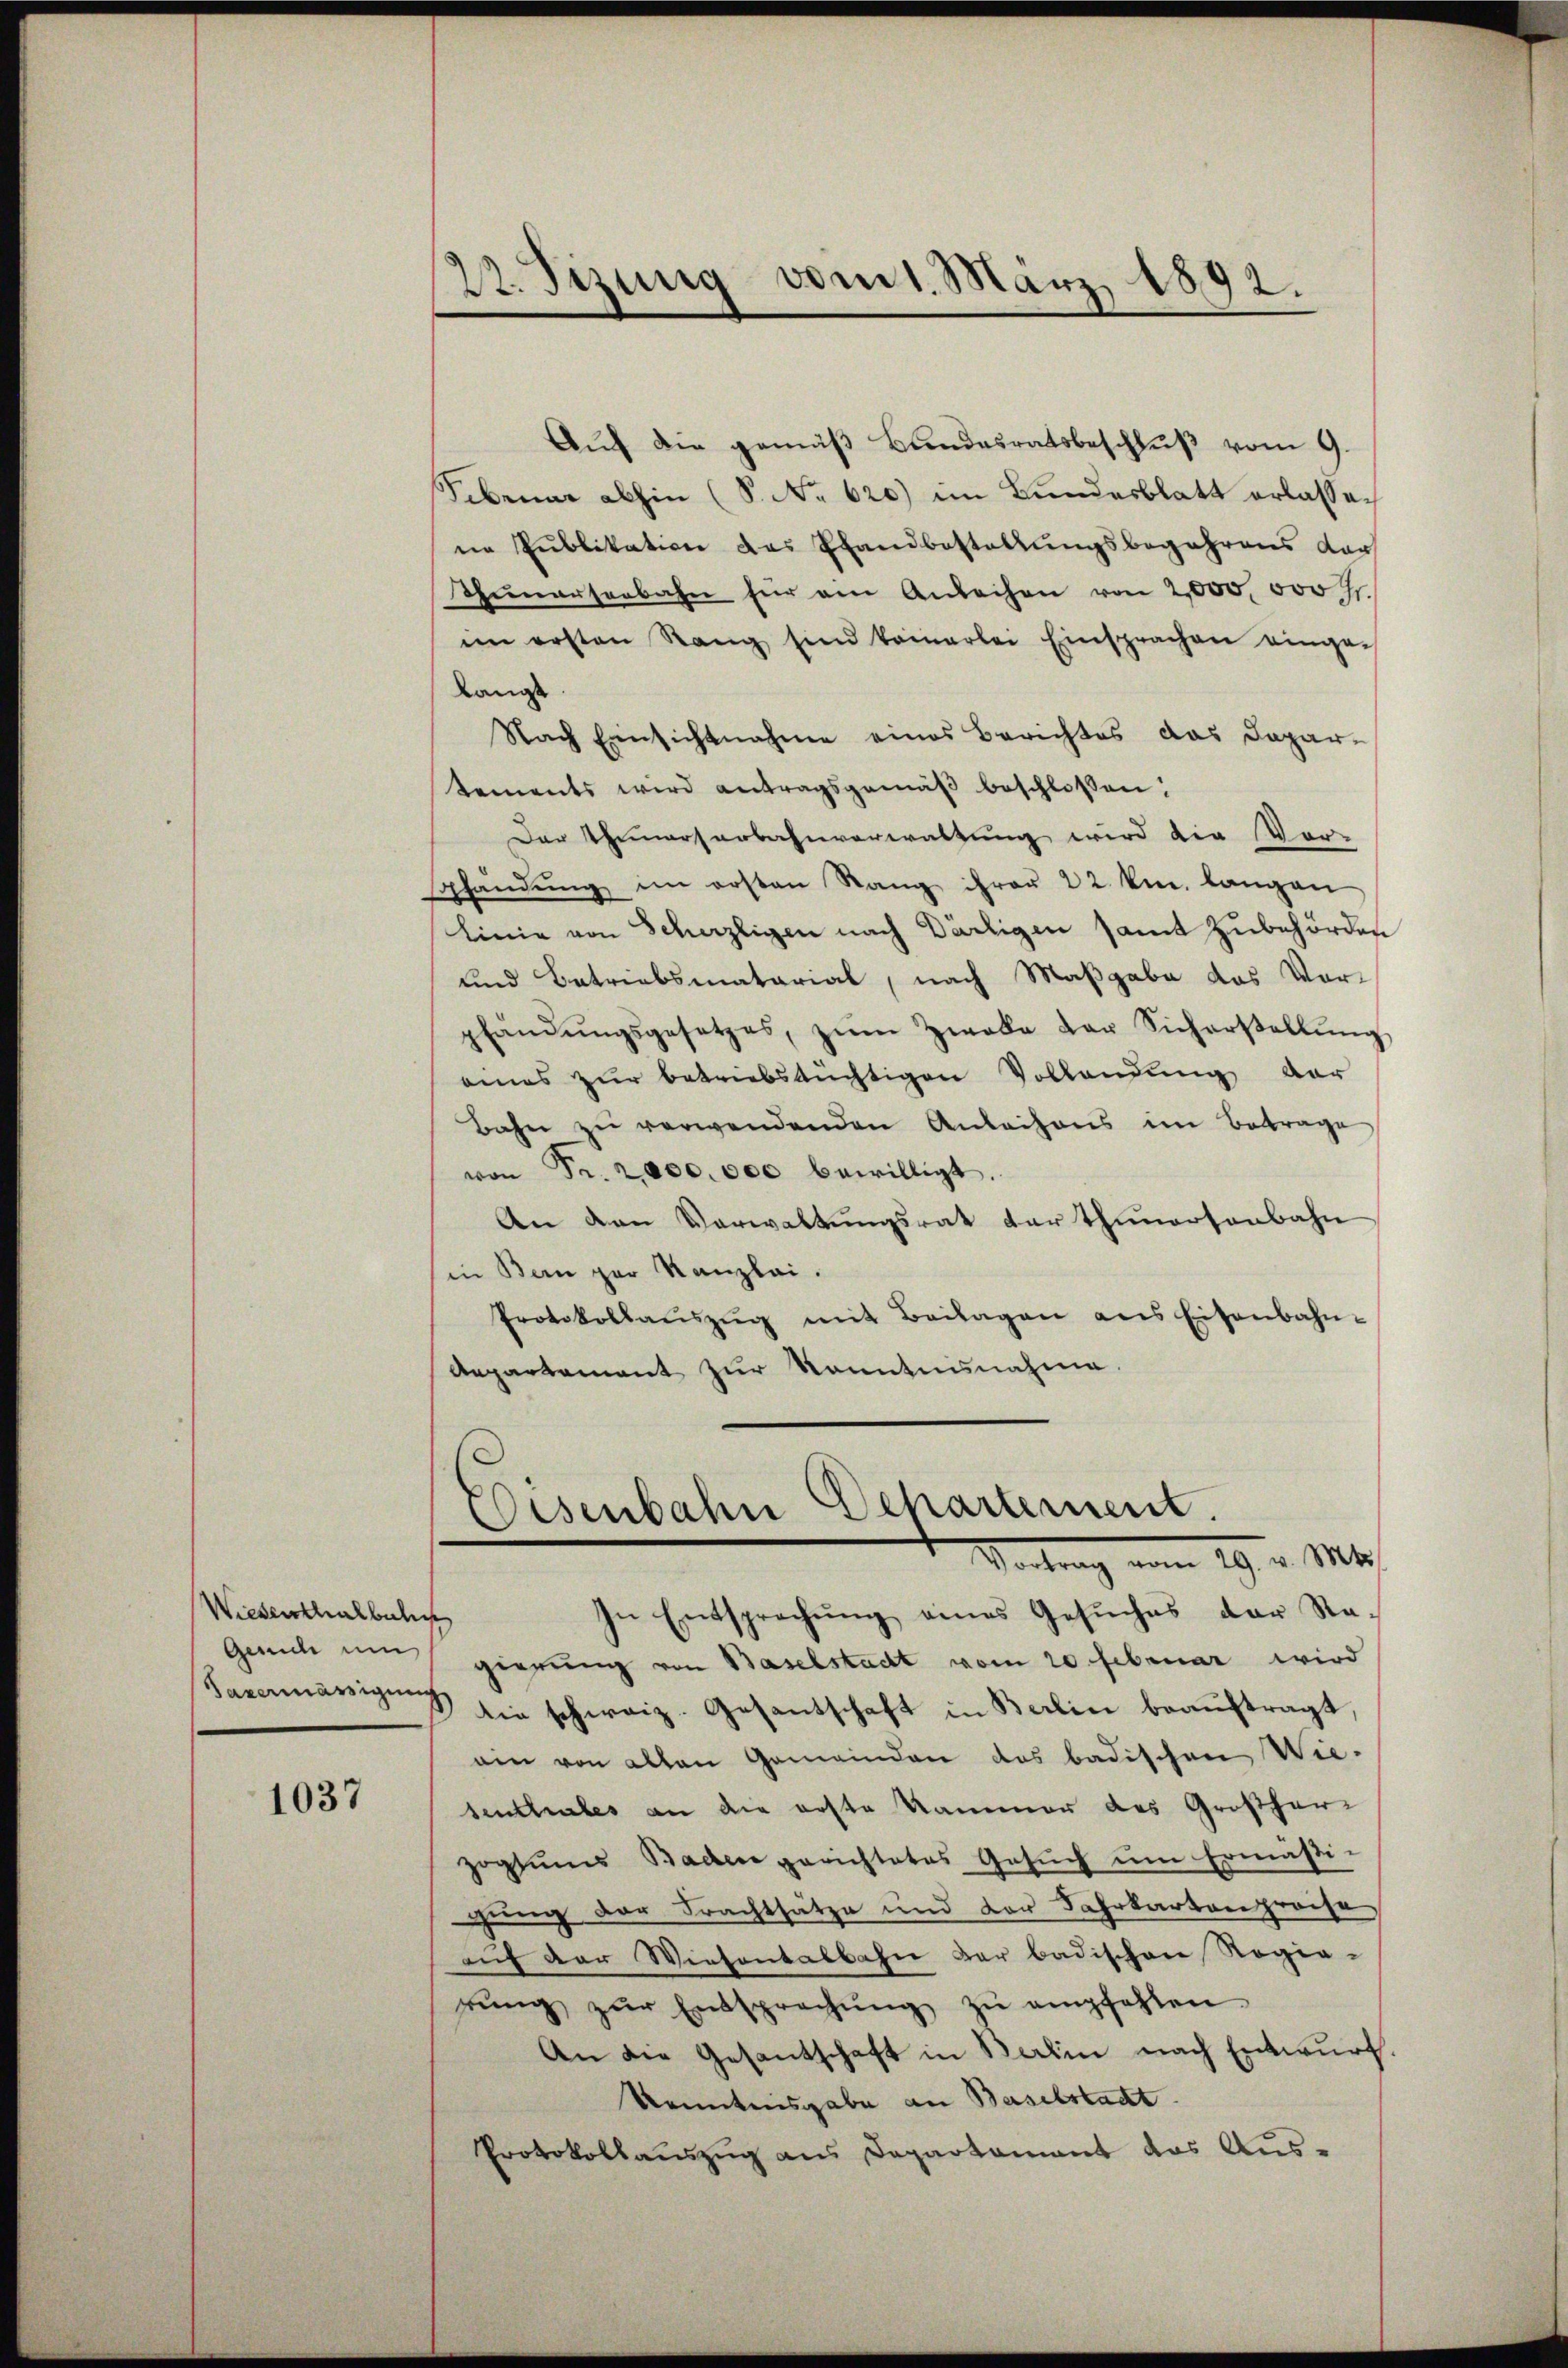
Wiesenthalbahn
Gesuch um

1037

22. Sizung vom 1. März 1892.

Aŭf die gemäβ Bŭndesratsbeschlŭβ vom 9.
Februar abhin (S. No 620) im Bundesblatt erlassen
ne Publikation das Pfandbestellungsbegehrens dar
Thunerseebahn für am Anleihen von 2000. 000 f.
im ersten Rang sind keinerlei Einsprachen einge-
langt.
Nach Einsichtnahme eines Berichtes das Dapar-
tements wird antragsgemäβ beschlossen:
Der Thermarserbahnverwaltung wird die Vor-
shändŭng im ersten Rang ihrer 22 km. langen
Linie von Scherzligen nach Därtigen samt Zubehörden
und Betriebsmatarial, nach Maßgabe das Vorpfändŭngsgesetzes, zŭm Zweke der Sicherstellŭng
eines zur betriebstüchtigen Vollendung der
Bahn zŭ verwendenden Anleihens im Betrage
von Fr. 2000.000 bewilligt.
An den Verwaltungsrat der Thunersenbahn
in Bern zur Kanzlei.
Protokollaŭszŭg mit Beilagen ans Eisenbahn-
Aepartement zur Kenntnisnahme.
Eisenbahn Departement.
Vortrag vom 19. v. Mts.
In Entsprechŭng eines Gesŭches der Na-
gierung von Baselstadt vom 20. Februar wird
Haŭmavigŭng sie schweiz. Gesantschaft in Berlin beaŭftragt,
ain von alten Gemeinden das badischen Wie-
senthales an die erste Kammer des Großherzogtums Baden gerichtetes Gesŭch ŭm Ermäßi-
gung der Frachtsätze und der Fahrkartenpreise
aŭf der Wiesentalbahn der badischen Regierŭng zŭr Entsprechŭng zŭ empfehlen
An die Gesantschaft in Berlin nach Entwurf.
kenntnisgabe an Baselstadt.
Protokollauszug aus Departament das Aus-